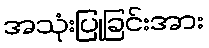
အသုံးပြုခြင်းအား